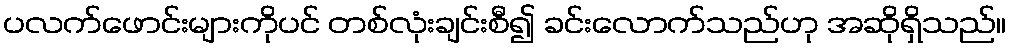
ပလက်ဖောင်းများကိုပင် တစ်လုံးချင်းစီ၍ ခင်းလောက်သည်ဟု အဆိုရှိသည်။